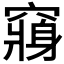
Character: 𮄕